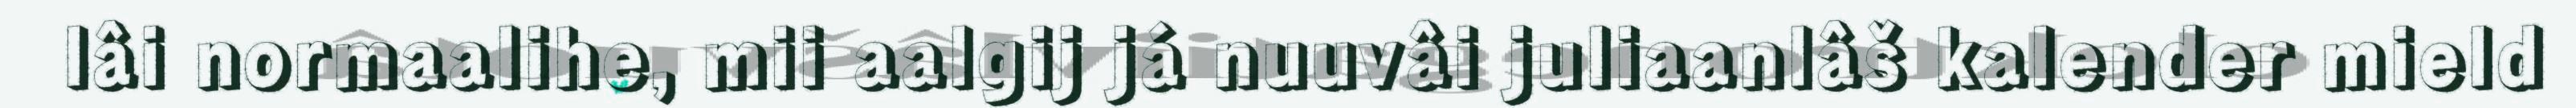
lâi normaalihe, mii aalgij já nuuvâi juliaanlâš kalender mield